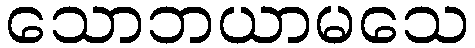
သောဘယာမသေ